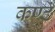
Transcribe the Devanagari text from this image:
कण्ठं